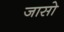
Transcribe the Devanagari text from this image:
जासो